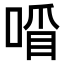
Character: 𠷒